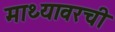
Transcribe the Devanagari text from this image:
माथ्यावरची